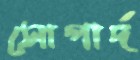
সোপার্দ